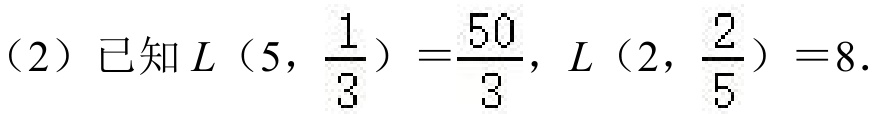
（2）已知 \(L（5，\dfrac{1}{3}）=\dfrac{50}{3}\)，\(L（2，\dfrac{2}{5}） = 8\)．